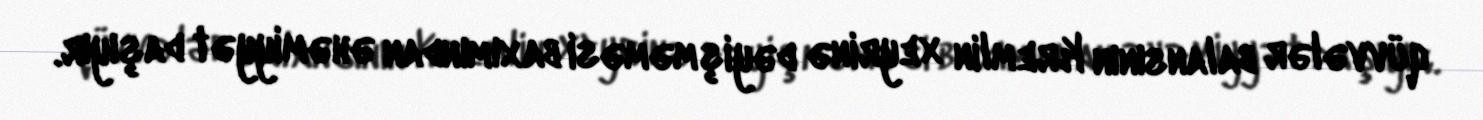
qüvvələr balansının Kremlin xeyrinə dəyişməməsi baxımından əhəmiyyət daşıyır.